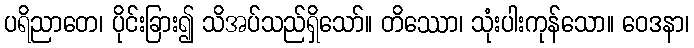
ပရိညာတေ၊ ပိုင်းခြား၍ သိအပ်သည်ရှိသော်။ တိဿော၊ သုံးပါးကုန်သော။ ဝေဒနာ၊